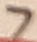
Text: 7